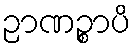
ဉာဏဉ္စာပိ